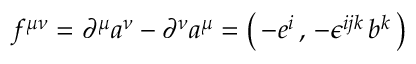
f ^ { \mu \nu } = \partial ^ { \mu } a ^ { \nu } - \partial ^ { \nu } a ^ { \mu } = \left( \, - e ^ { i } \, , \, - \epsilon ^ { i j k } \, b ^ { k } \, \right)